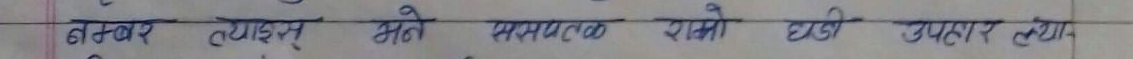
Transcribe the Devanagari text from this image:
बक्सप् ट्याङ्ग्स अने समयको रामो घञ्जी उपहार त्य